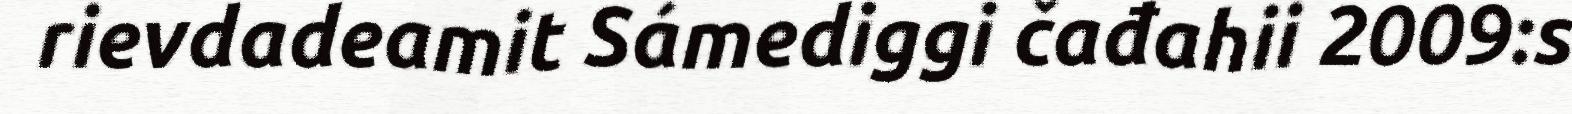
rievdadeamit Sámediggi čađahii 2009:s